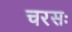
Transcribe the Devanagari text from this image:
चरसः